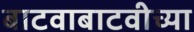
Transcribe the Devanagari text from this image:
बाटवाबाटवीच्या